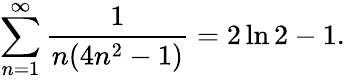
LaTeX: \sum_{n=1}^{\infty}{\frac{1}{n(4n^{2}-1)}}=2\ln 2-1.